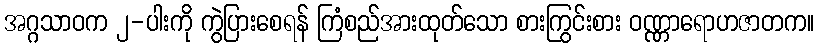
အဂ္ဂသာဝက ၂-ပါးကို ကွဲပြားစေရန် ကြံစည်အားထုတ်သော စားကြွင်းစား ဝဏ္ဏာရောဟဇာတက။